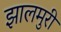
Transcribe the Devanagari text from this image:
झालमुरी